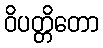
ဝိပတ္တိတော